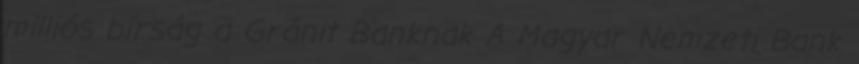
milliós bírság a Gránit Banknak A Magyar Nemzeti Bank